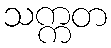
သက္ကတ